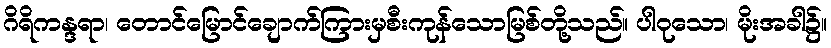
ဂိရိကန္ဒရာ၊ တောင်မြောင်ချောက်ကြားမှစီးကုန်သောမြစ်တို့သည်။ ပါဝုသော၊ မိုးအခါ၌။